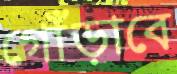
গোঁড়াবে